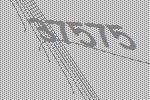
37575